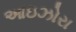
આઇઝોરા